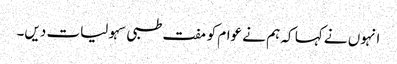
انہوں نے کہا کہ ہم نے عوام کو مفت طبی سہولیات دیں۔